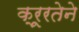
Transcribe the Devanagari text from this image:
क्रूरतेने